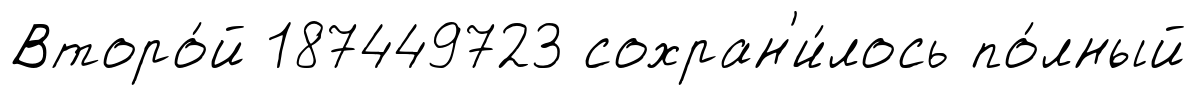
Второ́й 187449723 сохран'и́лось по́лный